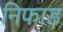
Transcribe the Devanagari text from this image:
निफाड़